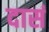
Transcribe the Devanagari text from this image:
दासं